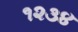
૧૨૩૪